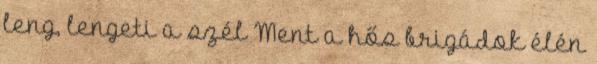
leng, lengeti a szél Ment a hős brigádok élén